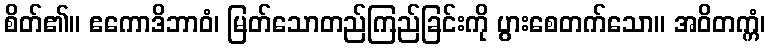
စိတ်၏။ ဧကောဒိဘာဝံ၊ မြတ်သောတည်ကြည်ခြင်းကို ပွားစေတက်သော။ အဝိတက္ကံ၊